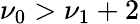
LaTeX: \nu_{0}>\nu_{1}+2